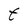
Character: t